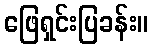
ဖြေရှင်းပြခန်း။